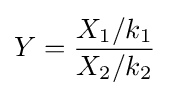
Y={\frac {{X_{1}}/{k_{1}}}{{X_{2}}/{k_{2}}}}